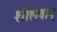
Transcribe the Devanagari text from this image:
शीलवान्